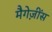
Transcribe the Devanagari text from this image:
मैगेज़ींस